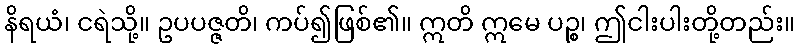
နိရယံ၊ ငရဲသို့။ ဥပပဇ္ဇတိ၊ ကပ်၍ဖြစ်၏။ ဣတိ ဣမေ ပဉ္စ၊ ဤငါးပါးတို့တည်း။